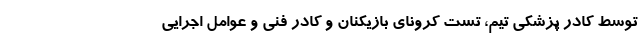
توسط کادر پزشکی تیم، تست کرونای بازیکنان و کادر فنی و عوامل اجرایی